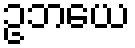
ဥဘယေ